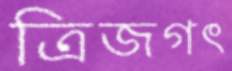
ত্রিজগৎ